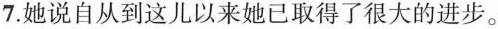
7.她说自从到这儿以来她已取得了很大的进步。